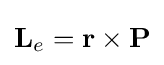
\mathbf {L} _{e}=\mathbf {r} \times \mathbf {P}